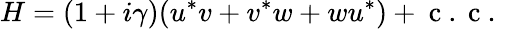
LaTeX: H=(1+i\gamma)({u^{*}}v+{v^{*}}w+w{u^{*}})+\mathrm{~c~.~c~.~}